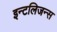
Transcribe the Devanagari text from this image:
इन्टलिजन्स